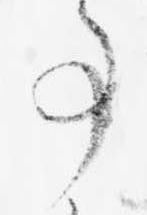
事